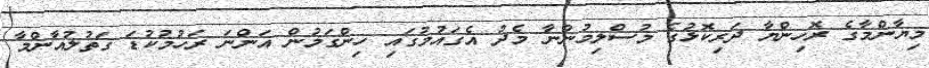
މިޔާންމާގެ ރޮހިންޔާ ދަރިކޮޅުގެ މުސްލިމުންނާ މެދު އެގައުމުގައި ހިންގަމުން އަންނަ ރަހުމުކުޑަ ގަތުލުއާންމާ